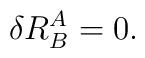
\delta R^A_B=0.